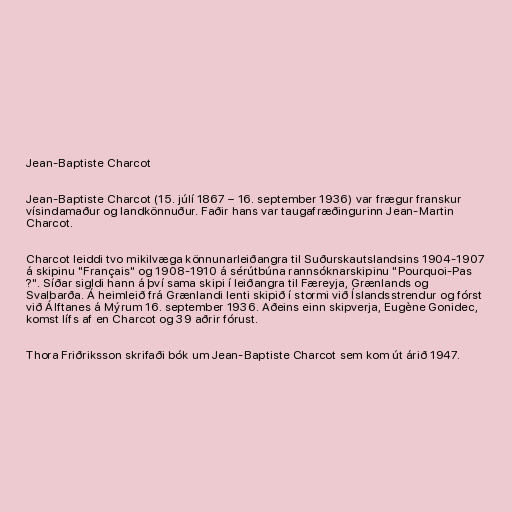
Jean-Baptiste Charcot

Jean-Baptiste Charcot (15. júlí 1867 – 16. september 1936) var frægur franskur
vísindamaður og landkönnuður. Faðir hans var taugafræðingurinn Jean-Martin
Charcot.

Charcot leiddi tvo mikilvæga könnunarleiðangra til Suðurskautslandsins 1904-1907
á skipinu "Français" og 1908-1910 á sérútbúna rannsóknarskipinu "Pourquoi-Pas
?". Síðar sigldi hann á því sama skipi í leiðangra til Færeyja, Grænlands og
Svalbarða. Á heimleið frá Grænlandi lenti skipið í stormi við Íslandsstrendur og fórst
við Álftanes á Mýrum 16. september 1936. Aðeins einn skipverja, Eugène Gonidec,
komst lífs af en Charcot og 39 aðrir fórust.

Thora Friðriksson skrifaði bók um Jean-Baptiste Charcot sem kom út árið 1947.